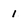
Character: 1